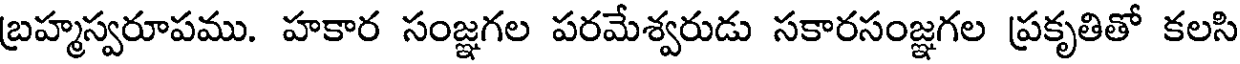
బ్రహ్మస్వరూపము. హకార సంజ్ఞగల పరమేశ్వరుడు సకారసంజ్ఞగల ప్రకృతితో కలసి